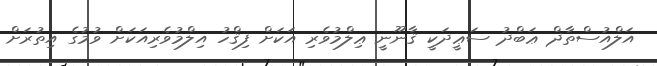
އަލްއުސްތާޛް ޢަބްދު ސަޢީދަކީ ޤާނޫނީ ޢިލްމުވެރި އަކަށް ފިޤްހު އިލްމުވެރިއަކަށް ވުމުގެ އިތުރަށް